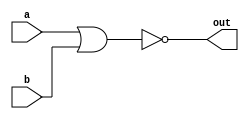
module top_module (
  input wire a,
  input wire b,
  output wire out
);

  assign out = !(a | b);

endmodule